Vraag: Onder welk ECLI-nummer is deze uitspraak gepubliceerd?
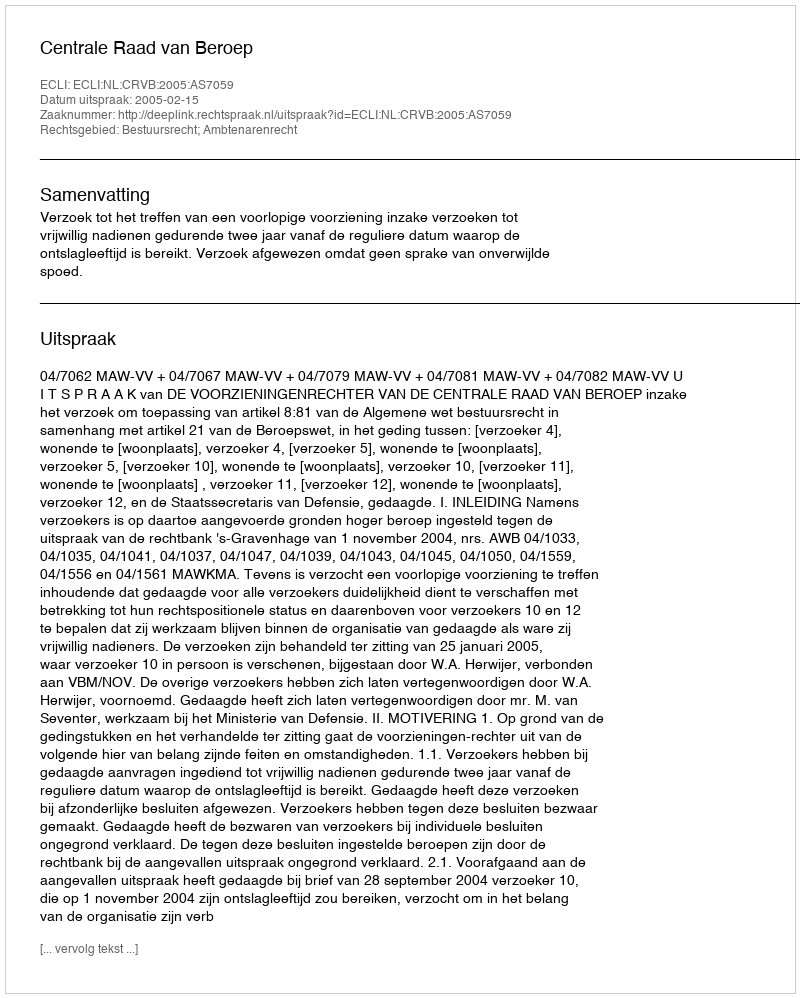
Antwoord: ECLI:NL:CRVB:2005:AS7059